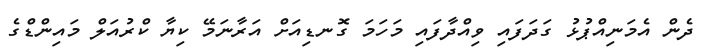
ދެން އެމަނިއްޕުޅު ގަދަފައި ވިއްދާފައި މަހަމަ ގޮނޑިއަށް އަރާނަމޭ ކިޔާ ކްރުއަލް މައިންޑްގެ